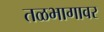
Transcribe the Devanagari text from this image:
तळभागावर